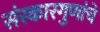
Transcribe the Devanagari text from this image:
संस्कारगुणांचे